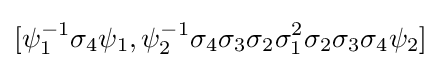
[\psi _{1}^{-1}\sigma _{4}\psi _{1},\psi _{2}^{-1}\sigma _{4}\sigma _{3}\sigma _{2}\sigma _{1}^{2}\sigma _{2}\sigma _{3}\sigma _{4}\psi _{2}]